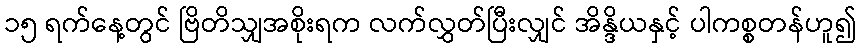
၁၅ ရက်နေ့တွင် ဗြိတိသျှအစိုးရက လက်လွှတ်ပြီးလျှင် အိန္ဒိယနှင့် ပါကစ္စတန်ဟူ၍